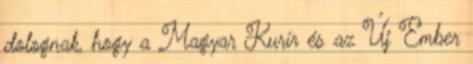
dolognak, hogy a Magyar Kurír és az Új Ember